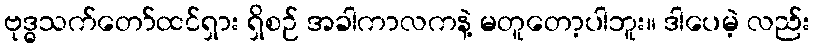
ဗုဒ္ဓသက်တော်ထင်ရှား ရှိစဉ် အခါကာလကနဲ့ မတူတော့ပါဘူး။ ဒါပေမဲ့ လည်း